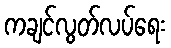
ကချင်လွတ်လပ်ရေး